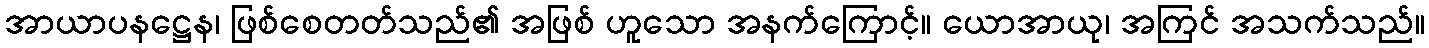
အာယာပနဋ္ဌေန၊ ဖြစ်စေတတ်သည်၏ အဖြစ် ဟူသော အနက်ကြောင့်။ ယောအာယု၊ အကြင် အသက်သည်။